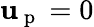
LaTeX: \mathbf{u}_{\mathrm{{~p~}}}=0